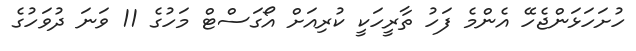
ހުށަހަޅަންޖެހޭ އެންމެ ފަހު ތާރީހަކީ ކުރިއަށް އޯގަސްޓް މަހުގެ 11 ވަނަ ދުވަހުގެ